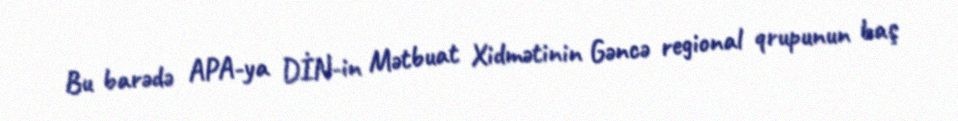
Bu barədə APA-ya DİN-in Mətbuat Xidmətinin Gəncə regional qrupunun baş